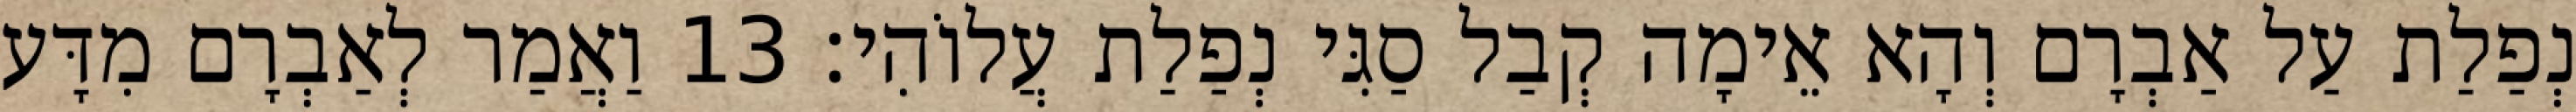
נְפַלַת עַל אַבְרָם וְהָא אֵימָה קְבַל סַגִּי נְפַלַת עֲלוֹהִי׃ 13 וַאֲמַר לְאַבְרָם מִדָּע